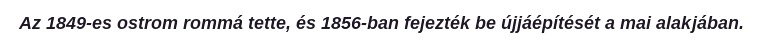
Az 1849-es ostrom rommá tette, és 1856-ban fejezték be újjáépítését a mai alakjában.